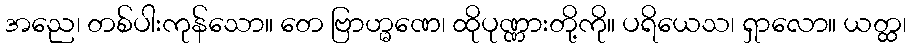
အညေ၊ တစ်ပါးကုန်သော။ တေ ဗြာဟ္မဏေ၊ ထိုပုဏ္ဏားတို့ကို။ ပရိယေသ၊ ရှာလော။ ယတ္ထ၊